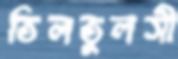
তিলতুলসী